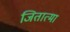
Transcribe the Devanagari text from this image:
जितात्मा